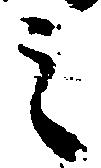
之